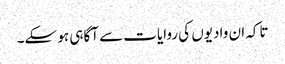
تاکہ ان وادیوں کی روایات سے آگاہی ہو سکے۔